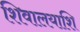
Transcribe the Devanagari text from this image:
शिवालयाशि